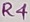
Text: R4